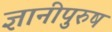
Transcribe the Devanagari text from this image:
ज्ञानीपुरुष